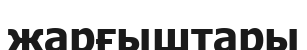
жарғыштары